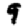
Digit: 9